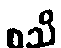
စသိ